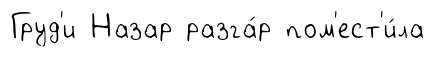
Груд'и Назар разга́р пом'ест'и́ла